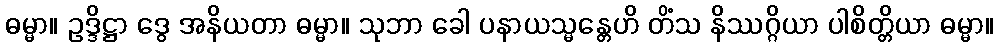
ဓမ္မာ။ ဥဒ္ဒိဋ္ဌာ ဒွေ အနိယတာ ဓမ္မာ။ သုဘာ ခေါ ပနာယသ္မန္တေဟိ တိံသ နိဿဂ္ဂိယာ ပါစိတ္တိယာ ဓမ္မာ။